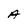
Character: A